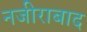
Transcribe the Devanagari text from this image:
नजीराबाद